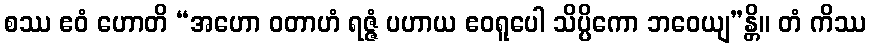
စဿ ဧဝံ ဟောတိ “အဟော ဝတာဟံ ရဇ္ဇံ ပဟာယ ဧဝရူပေါ သိပ္ပိကော ဘဝေယျ”န္တိ။ တံ ကိဿ